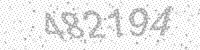
Solution: 482194